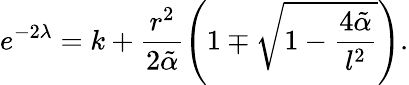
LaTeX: e^{-2\lambda}=k+\frac{r^{2}}{2\tilde{\alpha}}\left(1\mp\sqrt{1-\frac{4\tilde{\alpha}}{l^{2}}}\right).